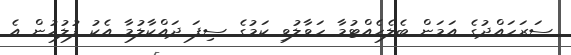
ސަރަހައްދުގެ އަމަން ބެލެހެއްޓުމާ ހަވާލުވި ކަމުގެ ސިފަ ދައްކާލުމާ އެކު ފުލުހުން އެ